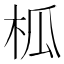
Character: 柧